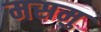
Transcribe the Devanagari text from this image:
मसमु